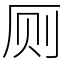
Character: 厕